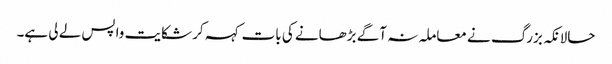
حالانکہ بزرگ نے معاملہ نہ آگے بڑھانے کی بات کہہ کر شکایت واپس لے لی ہے۔